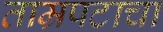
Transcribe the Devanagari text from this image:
ताम्रपटाचा